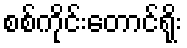
စစ်ကိုင်းတောင်ရိုး